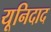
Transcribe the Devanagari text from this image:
यूनिदाद